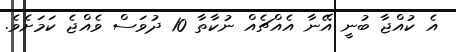
އެ ކުއްޖާ ބުނީ އޭނާ އެއްޗެއް ނުކާތާ 10 ދުވަސް ވެއްޖެ ކަމަށެވެ.